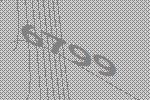
6799